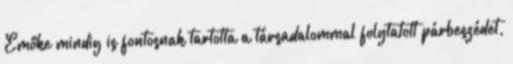
Emőke mindig is fontosnak tartotta a társadalommal folytatott párbeszédet,